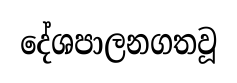
දේශපාලනගතවූ